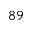
^ { 8 9 }